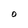
Character: O